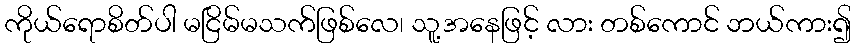
ကိုယ်ရောစိတ်ပါ မငြိမ်မသက်ဖြစ်လေ၊ သူ့အနေဖြင့် လား တစ်ကောင် ဘယ်ကား၍